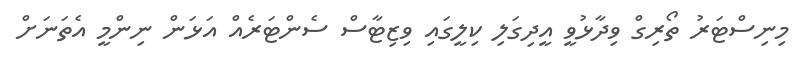
މިނިސްޓަރު ތޯރިގް ވިދާޅުވީ އީދިގަލި ކިލީގައި ވިޒިޓާސް ސެންޓަރެއް އަޅަން ނިންމީ އެތަނަށް